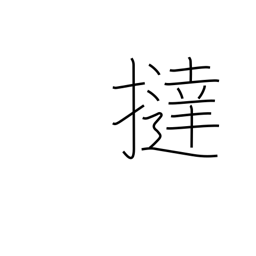
Meaning: flog